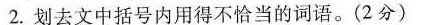
2.划去文中括号内用得不恰当的词语。(2分)